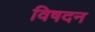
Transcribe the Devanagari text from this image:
विषदन